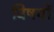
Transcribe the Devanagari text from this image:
विषयाें